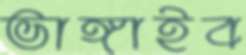
ভাঙ্গাইব